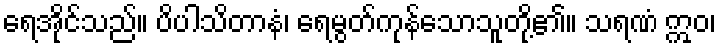
ရေအိုင်သည်။ ပိပါသိတာနံ၊ ရေမွတ်ကုန်သောသူတို့၏။ သရဏံ ဣဝ၊